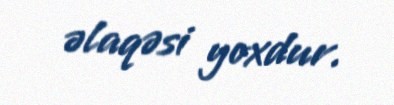
əlaqəsi yoxdur.